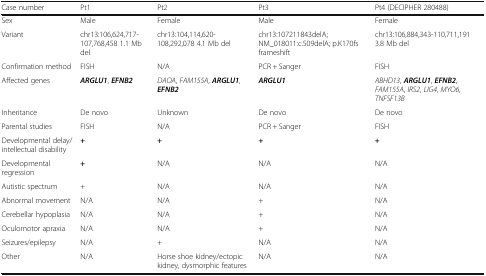
<table><thead><tr><td><b>Case number</b></td><td><b>Pt1</b></td><td><b>Pt2</b></td><td><b>Pt3</b></td><td><b>Pt4 (DECIPHER 280488)</b></td></tr></thead><tbody><tr><td>Sex</td><td>Male</td><td>Female</td><td>Male</td><td>Female</td></tr><tr><td>Variant</td><td>chr13:106,624,717-107,768,458 1.1 Mb del</td><td>chr13:104,114,620-108,292,078 4.1 Mb del</td><td>chr13:107211843delA; NM_018011:c.509delA; p.K170fs frameshift</td><td>chr13:106,884,343-110,711,191 3.8 Mb del</td></tr><tr><td>Confirmation method</td><td>FISH</td><td>N/A</td><td>PCR + Sanger</td><td>FISH</td></tr><tr><td>Affected genes</td><td><b><i>ARGLU1</i></b>, <b><i>EFNB2</i></b></td><td><i>DAOA</i>, <i>FAM155A</i>, <b><i>ARGLU1</i></b>, <b><i>EFNB2</i></b></td><td><b><i>ARGLU1</i></b></td><td><i>ABHD13</i>, <b><i>ARGLU1</i></b>, <b><i>EFNB2</i></b>, <i>FAM155A</i>, <i>IRS2</i>, <i>LIG4</i>, <i>MYO6</i>, <i>TNFSF13B</i></td></tr><tr><td>Inheritance</td><td>De novo</td><td>Unknown</td><td>De novo</td><td>De novo</td></tr><tr><td>Parental studies</td><td>FISH</td><td>N/A</td><td>PCR + Sanger</td><td>FISH</td></tr><tr><td>Developmental delay/intellectual disability</td><td><b>+</b></td><td><b>+</b></td><td><b>+</b></td><td><b>+</b></td></tr><tr><td>Developmental regression</td><td><b>+</b></td><td>N/A</td><td>N/A</td><td>N/A</td></tr><tr><td>Autistic spectrum</td><td>+</td><td>N/A</td><td>N/A</td><td>N/A</td></tr><tr><td>Abnormal movement</td><td>N/A</td><td>N/A</td><td>+</td><td>N/A</td></tr><tr><td>Cerebellar hypoplasia</td><td>N/A</td><td>N/A</td><td>+</td><td>N/A</td></tr><tr><td>Oculomotor apraxia</td><td>N/A</td><td>N/A</td><td>+</td><td>N/A</td></tr><tr><td>Seizures/epilepsy</td><td>N/A</td><td>+</td><td>N/A</td><td>N/A</td></tr><tr><td>Other</td><td>N/A</td><td>Horse shoe kidney/ectopic kidney, dysmorphic features</td><td>N/A</td><td>N/A</td></tr></tbody></table>